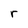
Character: r